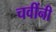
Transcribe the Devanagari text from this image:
चवींनी